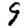
Digit: 9